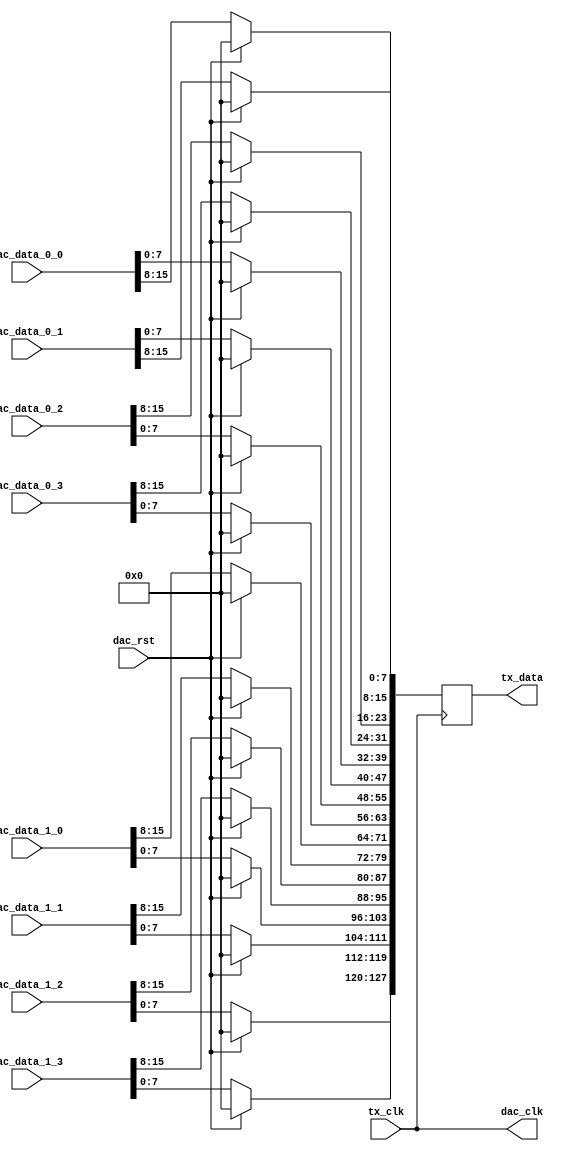
module axi_ad9152_if (
  tx_clk,
  tx_data,
  dac_clk,
  dac_rst,
  dac_data_0_0,
  dac_data_0_1,
  dac_data_0_2,
  dac_data_0_3,
  dac_data_1_0,
  dac_data_1_1,
  dac_data_1_2,
  dac_data_1_3);
  input           tx_clk;
  output [127:0]  tx_data;
  output          dac_clk;
  input           dac_rst;
  input   [15:0]  dac_data_0_0;
  input   [15:0]  dac_data_0_1;
  input   [15:0]  dac_data_0_2;
  input   [15:0]  dac_data_0_3;
  input   [15:0]  dac_data_1_0;
  input   [15:0]  dac_data_1_1;
  input   [15:0]  dac_data_1_2;
  input   [15:0]  dac_data_1_3;
  reg    [127:0]  tx_data = 'd0;
  assign dac_clk = tx_clk;
  always @(posedge dac_clk) begin
    if (dac_rst == 1'b1) begin
      tx_data <= 128'd0;
    end else begin
      tx_data[127:120] <= dac_data_1_3[ 7: 0];
      tx_data[119:112] <= dac_data_1_2[ 7: 0];
      tx_data[111:104] <= dac_data_1_1[ 7: 0];
      tx_data[103: 96] <= dac_data_1_0[ 7: 0];
      tx_data[ 95: 88] <= dac_data_1_3[15: 8];
      tx_data[ 87: 80] <= dac_data_1_2[15: 8];
      tx_data[ 79: 72] <= dac_data_1_1[15: 8];
      tx_data[ 71: 64] <= dac_data_1_0[15: 8];
      tx_data[ 63: 56] <= dac_data_0_3[ 7: 0];
      tx_data[ 55: 48] <= dac_data_0_2[ 7: 0];
      tx_data[ 47: 40] <= dac_data_0_1[ 7: 0];
      tx_data[ 39: 32] <= dac_data_0_0[ 7: 0];
      tx_data[ 31: 24] <= dac_data_0_3[15: 8];
      tx_data[ 23: 16] <= dac_data_0_2[15: 8];
      tx_data[ 15:  8] <= dac_data_0_1[15: 8];
      tx_data[  7:  0] <= dac_data_0_0[15: 8];
    end
  end
endmodule